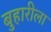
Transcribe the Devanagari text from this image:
बुहारीला